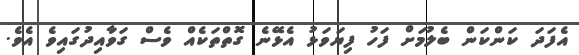
އެފަދަ ކަންކަން ބެލުމަށް ފަހު ފިޔަވަޅު އެޅޭނެ ގޮތްތަކެއް ވެސް ގަވާއިދުގައިވެ އެވެ.